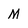
Character: M